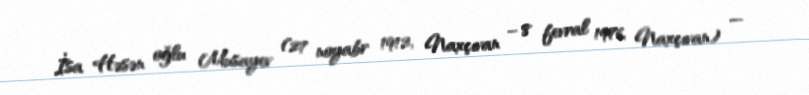
İsa Həsən oğlu Musayev (27 noyabr 1912, Naxçıvan – 8 fevral 1976, Naxçıvan) —